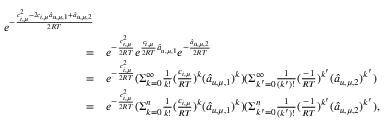
\begin{array} { r l } { e ^ { - \frac { c _ { i , \mu } ^ { 2 } - 2 c _ { i , \mu } \hat { a } _ { u , \mu , 1 } + \hat { a } _ { u , \mu , 2 } } { 2 R T } } } \\ { = } & { { } e ^ { - \frac { c _ { i , \mu } ^ { 2 } } { 2 R T } } e ^ { \frac { c _ { i , \mu } } { 2 R T } \hat { a } _ { u , \mu , 1 } } e ^ { - \frac { \hat { a } _ { u , \mu , 2 } } { 2 R T } } } \\ { = } & { { } e ^ { - \frac { c _ { i , \mu } ^ { 2 } } { 2 R T } } ( \Sigma _ { k = 0 } ^ { \infty } \frac { 1 } { k ! } ( \frac { c _ { i , \mu } } { R T } ) ^ { k } ( \hat { a } _ { u , \mu , 1 } ) ^ { k } ) ( \Sigma _ { k ^ { \prime } = 0 } ^ { \infty } \frac { 1 } { ( k ^ { \prime } ) ! } ( \frac { - 1 } { R T } ) ^ { k ^ { \prime } } ( \hat { a } _ { u , \mu , 2 } ) ^ { k ^ { \prime } } ) } \\ { = } & { { } e ^ { - \frac { c _ { i , \mu } ^ { 2 } } { 2 R T } } ( \Sigma _ { k = 0 } ^ { n } \frac { 1 } { k ! } ( \frac { c _ { i , \mu } } { R T } ) ^ { k } ( \hat { a } _ { u , \mu , 1 } ) ^ { k } ) ( \Sigma _ { k ^ { \prime } = 0 } ^ { n } \frac { 1 } { ( k ^ { \prime } ) ! } ( \frac { - 1 } { R T } ) ^ { k ^ { \prime } } ( \hat { a } _ { u , \mu , 2 } ) ^ { k ^ { \prime } } ) , } \end{array}